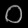
Digit: ၀